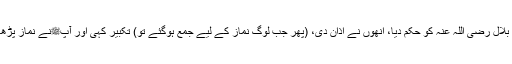
پھر بلال رضی اللہ عنہ کو حکم دیا، انھوں نے اذان دی، (پھر جب لوگ نماز کے لیے جمع ہوگئے تو) تکبیر کہی اور آپﷺنے نماز پڑھائی۔